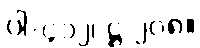
ပါ-၄၁၂၊ ဋ္ဌ-၂၀၈။